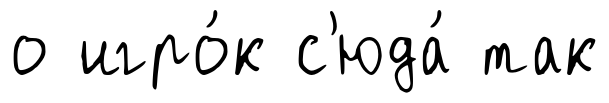
о игро́к с'юда́ так